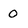
Character: 0